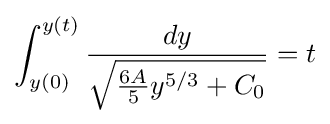
\int _{y(0)}^{y(t)}{\frac {dy}{\sqrt {{\frac {6A}{5}}y^{5/3}+C_{0}}}}=t